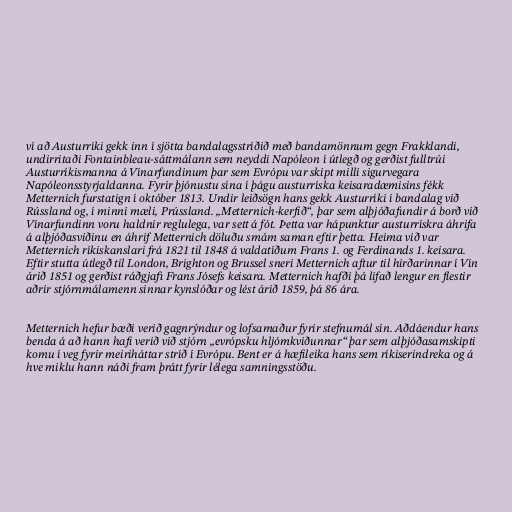
ví að Austurríki gekk inn í sjötta bandalagsstríðið með bandamönnum gegn Frakklandi,
undirritaði Fontainbleau-sáttmálann sem neyddi Napóleon í útlegð og gerðist fulltrúi
Austurríkismanna á Vínarfundinum þar sem Evrópu var skipt milli sigurvegara
Napóleonsstyrjaldanna. Fyrir þjónustu sína í þágu austurríska keisaradæmisins fékk
Metternich furstatign í október 1813. Undir leiðsögn hans gekk Austurríki í bandalag við
Rússland og, í minni mæli, Prússland. „Metternich-kerfið“, þar sem alþjóðafundir á borð við
Vínarfundinn voru haldnir reglulega, var sett á fót. Þetta var hápunktur austurrískra áhrifa
á alþjóðasviðinu en áhrif Metternich döluðu smám saman eftir þetta. Heima við var
Metternich ríkiskanslari frá 1821 til 1848 á valdatíðum Frans 1. og Ferdinands 1. keisara.
Eftir stutta útlegð til London, Brighton og Brussel sneri Metternich aftur til hirðarinnar í Vín
árið 1851 og gerðist ráðgjafi Frans Jósefs keisara. Metternich hafði þá lifað lengur en flestir
aðrir stjórnmálamenn sinnar kynslóðar og lést árið 1859, þá 86 ára.

Metternich hefur bæði verið gagnrýndur og lofsamaður fyrir stefnumál sín. Aðdáendur hans
benda á að hann hafi verið við stjórn „evrópsku hljómkviðunnar“ þar sem alþjóðasamskipti
komu í veg fyrir meiriháttar stríð í Evrópu. Bent er á hæfileika hans sem ríkiserindreka og á
hve miklu hann náði fram þrátt fyrir lélega samningsstöðu.